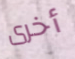
أخرى